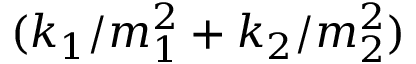
( k _ { 1 } / m _ { 1 } ^ { 2 } + k _ { 2 } / m _ { 2 } ^ { 2 } )